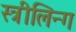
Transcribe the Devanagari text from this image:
स्त्रीलिन्ग